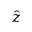
\hat { z }